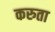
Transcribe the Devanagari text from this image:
करुता